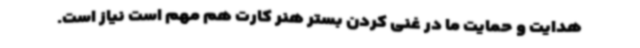
هدایت و حمایت ما در غنی کردن بستر هنر کارت هم مهم است‌ نیاز است.